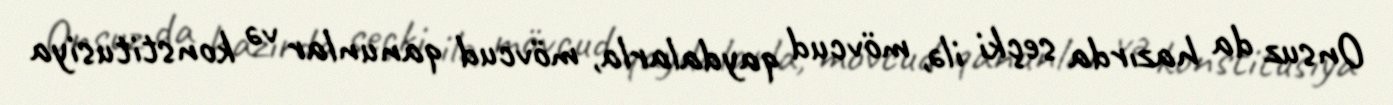
Onsuz da hazırda seçki ilə, mövcud qaydalarla, mövcud qanunlar və konstitusiya